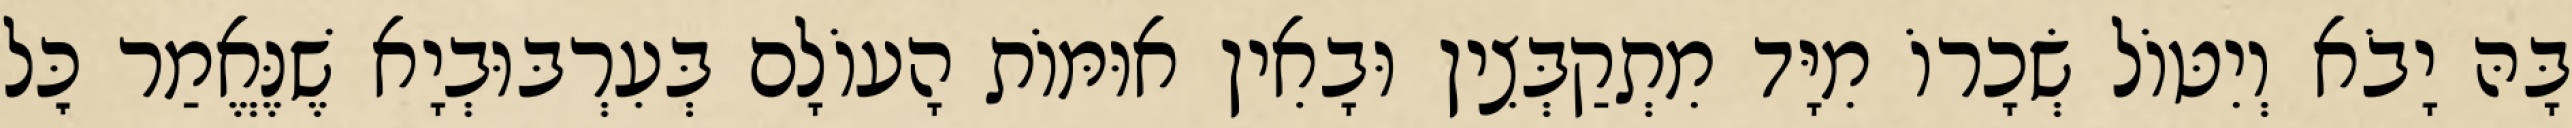
בָּהּ יָבֹא וְיִטּוֹל שְׂכָרוֹ מִיָּד מִתְקַבְּצִין וּבָאִין אוּמּוֹת הָעוֹלָם בְּעִרְבּוּבְיָא שֶׁנֶּאֱמַר כׇּל